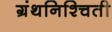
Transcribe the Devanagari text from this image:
ग्रंथनिश्चिती